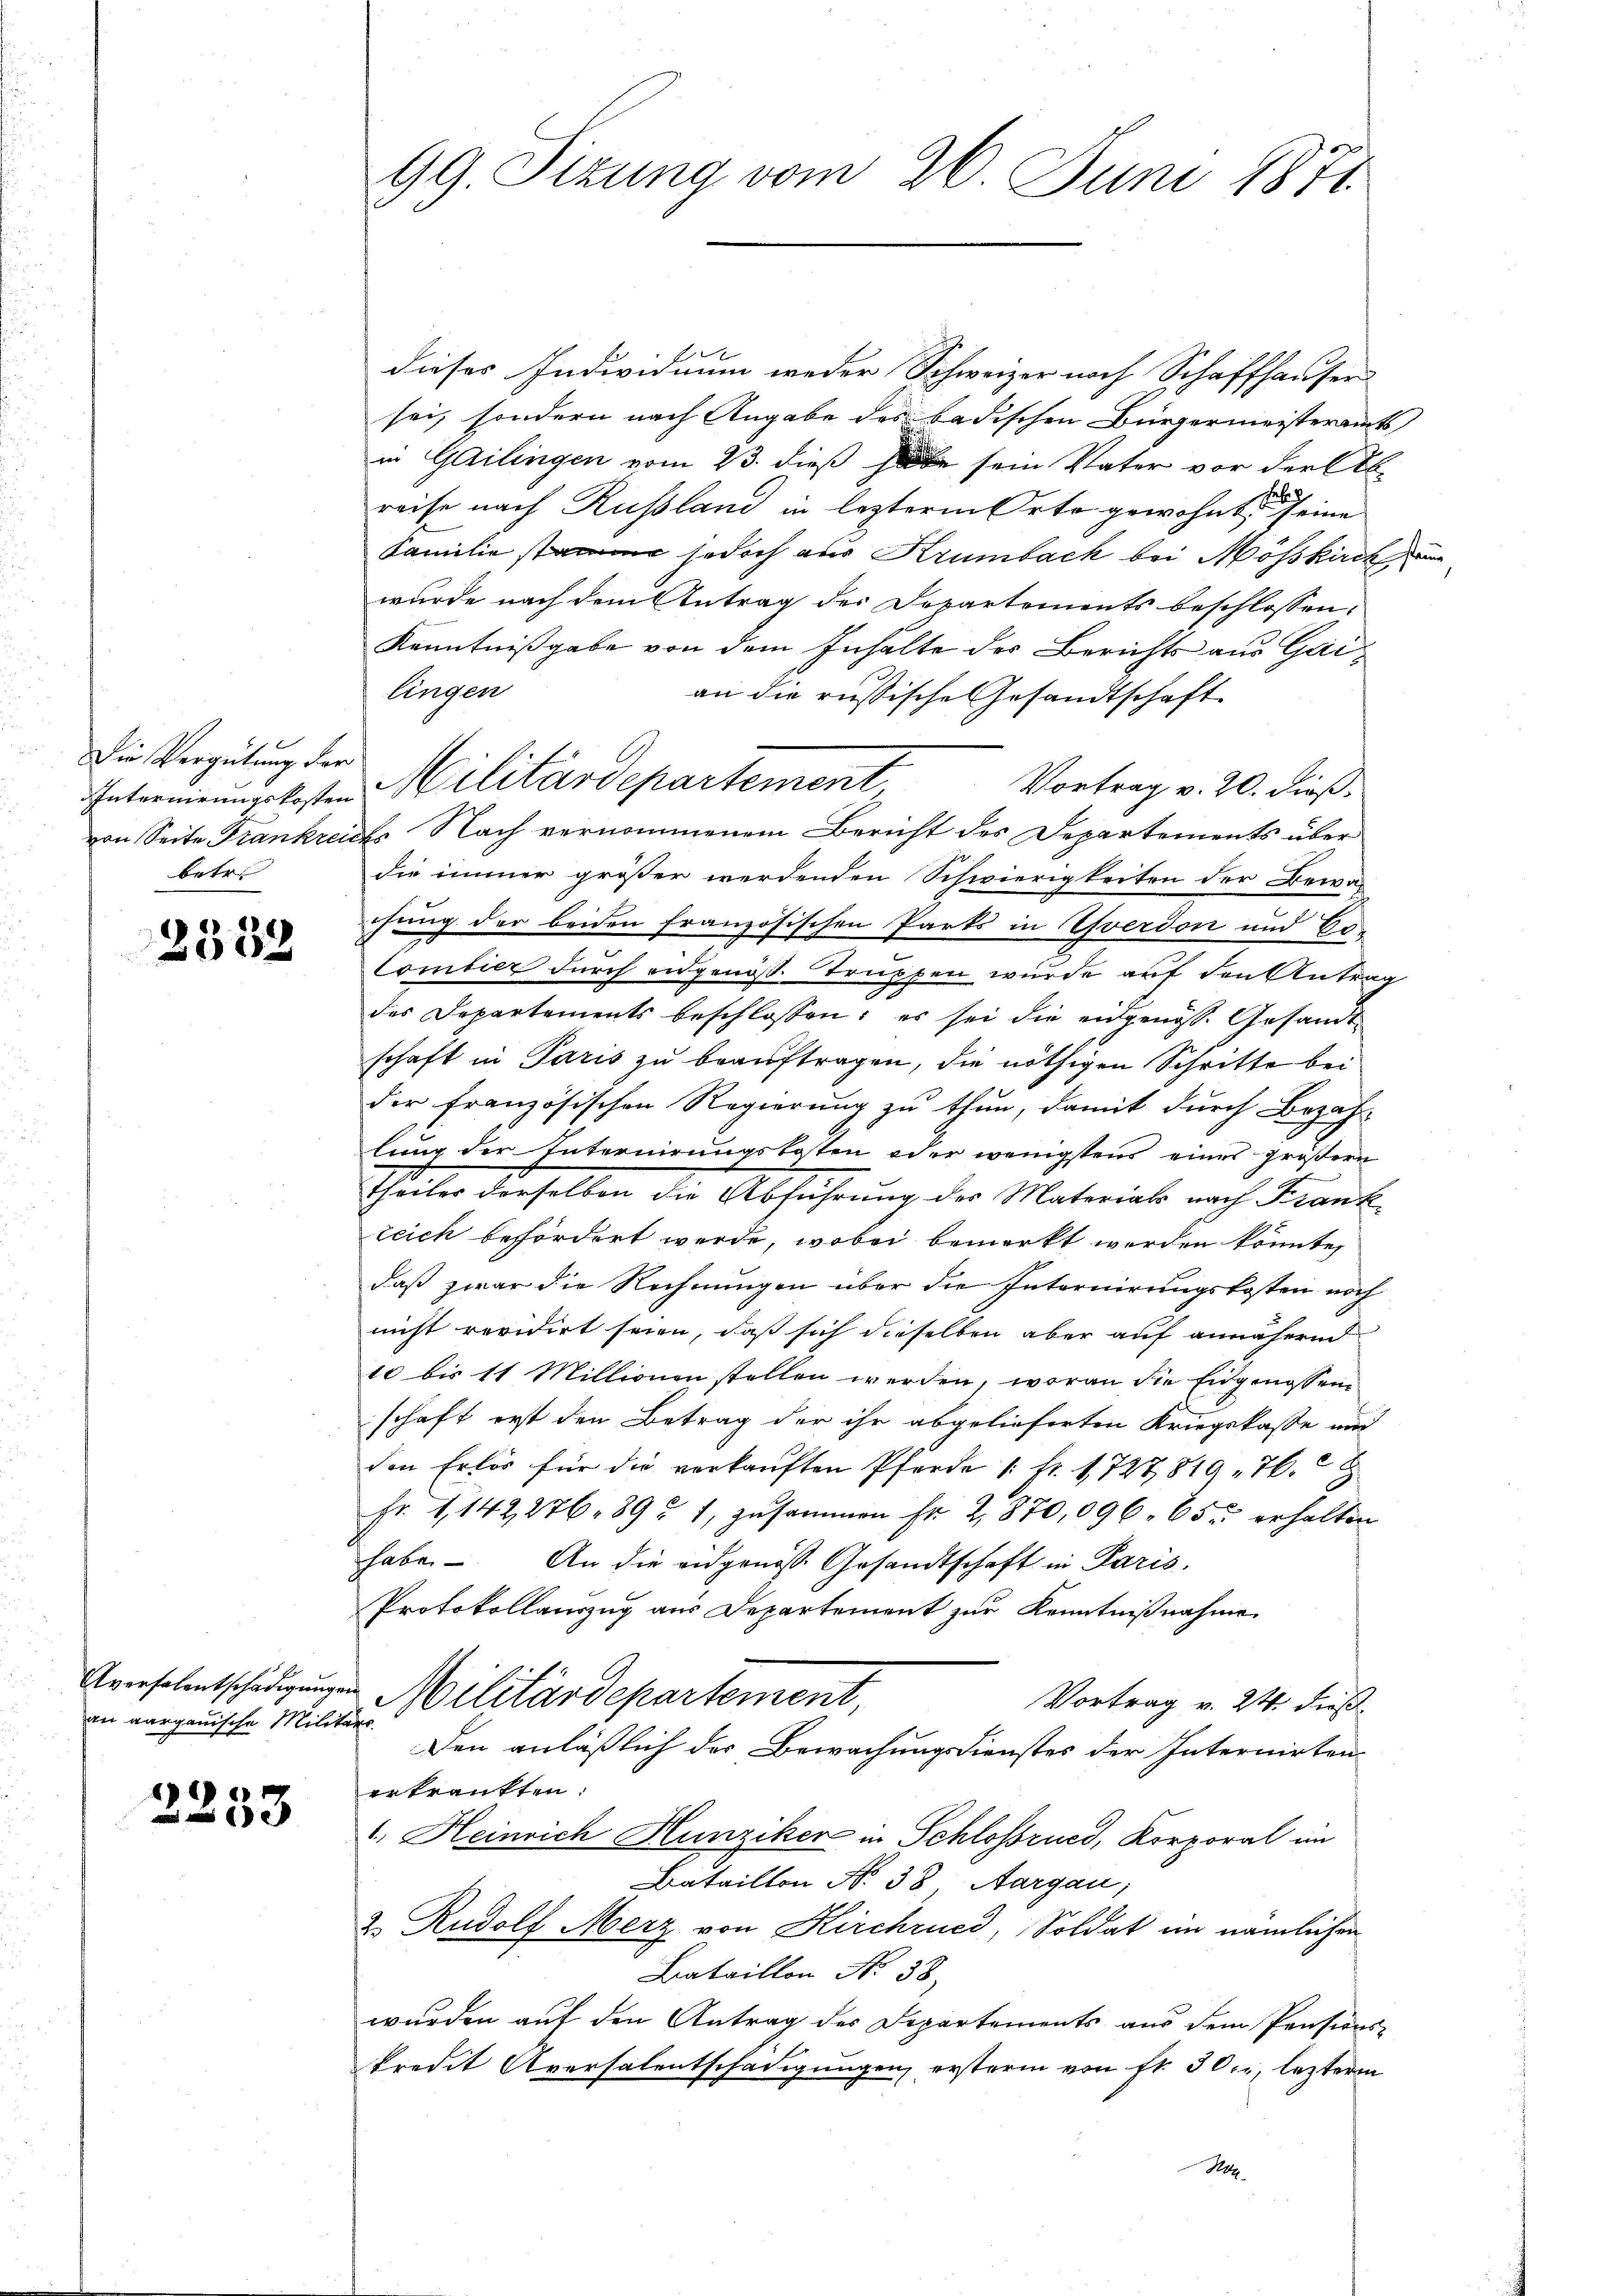
Die Vergütung der
betr.

2332

Aversalentschädigung.
an aargauische Milita

2233

99. Sizung vom 26. Juni 1871.

dieses Individuum weder Schweizer nach Schaffhauser
sei, sondern nach Angabe des badischen Bürgermeisteramts
in Gailingen vom 23. dieß habe sein Vater vor der Ab-
reise nach Russland in lezterm Orte gewohnt seine
Familie jedoch aus Krümbach bei Mösskirch da
wurde nach dem Antrag der Departements beschlossen,
Kenntnißgabe von dem Inhalte der Berichts aus Gailingen
an die russische Gesandtschaft
Vortrag v. 20. dieß.
Internierungskosten Militärdepartement,
von Seite Frankreich. Nach vernommenem Bericht des Departements über
die immer größer werdenden Schwierigkeiten der Bewa-
chung der beiden französischen Parts in Yverdon und Bo-
Combier durch eidgenöß. Truppen wurde auf den Antrag
A
des Departements beschlossen; es sei die eidgenöss. Gesandtschaft in Paris zu beauftragen, die nöthigen Schritte bei
der französischen Regierung zu thun, damit durch Bezahlung der Internirungskosten oder wenigstens eines größern
Theiler derselben die Abführung der Materials nach Franti
teich befördert werde, wobei bemerkt werden könnte,
daß zwar die Rechnungen über die Internirungskosten noch
nicht revidirt seien, daß sich dieselben aber auf annähernd
10 bis 11 Millionen stellen werden, woran die Eidgenossen
schaft erst den Betrag der ihr abgelieferten Kriegskasse und
den Erlös für die verkaŭften Pferde 1. Fr. 1727819 - 76. 9
Fr. 1142, 276. 89 u 1 zusammen Fr. 2, 870, 096. 650 erhalten
habe. An die eidgenos Gesandtschaft in Paris.
Protokollauszug aus Departement zur Kenntnißnahme
in Militärdepartement,
Vortrag v. 24. dieß
f
Den anläßlich der Bewachungsdienstes der Internirten
erkrankten.
1. Heinrich Hunziker in Schlossrued, Korporal im
Bataillon No 38 Aargau,
2. Rudolf Merz von Kirchrued, Soldat im nämlichen
Bataillon No 38.
wurden auf den Antrag des Departements aus dem Pensions-
kredit Aversalentschädigungen, erstern von fl. 50 er, lezterm
N